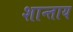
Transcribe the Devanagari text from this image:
शान्ताय